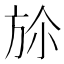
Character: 㫆